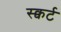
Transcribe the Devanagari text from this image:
स्क्वर्ट